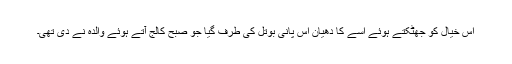
اس خیال کو جھٹکتے ہوئے اسے کا دھیان اس پانی بوتل کی طرف گیا جو صبح کالج آتے ہوئے والدہ نے دی تھی۔